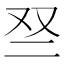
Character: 𫡱